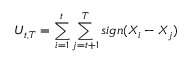
U _ { t , T } = \sum _ { i = 1 } ^ { t } \sum _ { j = t + 1 } ^ { T } s i g n ( X _ { i } - X _ { j } )